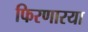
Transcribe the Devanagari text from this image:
फिरणारया